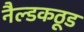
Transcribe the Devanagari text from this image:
नैल्डकठूड